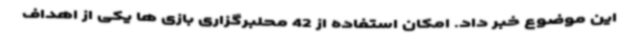
این موضوع خبر داد. امکان استفاده از 42 محلبرگزاری بازی ها یکی از اهداف